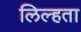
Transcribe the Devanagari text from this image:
लिल्हता